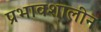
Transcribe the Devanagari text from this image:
प्रभावशालीन